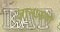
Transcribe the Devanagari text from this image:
ज्ञानारुण